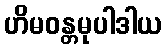
ဟိမဝန္တမုပါဒါယ